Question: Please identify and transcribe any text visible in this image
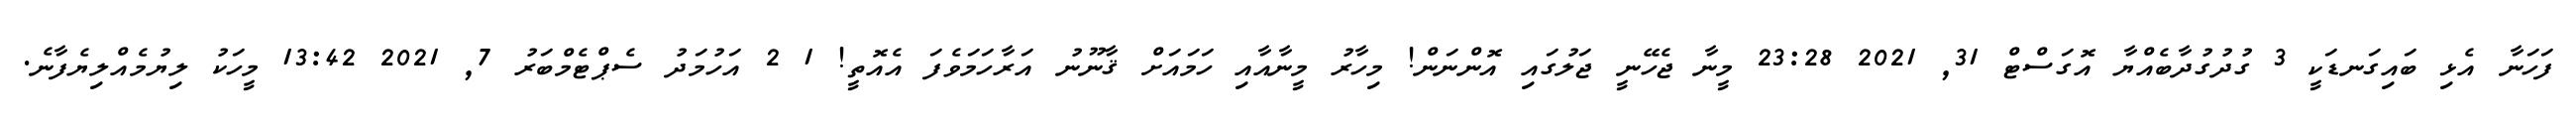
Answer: ފަހަނާ އެޅި ބައިގަނޑަކީ 3 ގުދުގުދާބެއްޔާ އޮގަސްޓް 31, 2021 23:28 މީނާ ޖެހޭނީ ޖަލުގައި އޮންނަން! މިހާރު މީނާއާއި ހަމައަށް ޤާނޫނު އަރާހަމަވެފަ އެއޮތީ! 1 2 އަހުމަދު ސެޕްޓެމްބަރު 7, 2021 13:42 މީހަކު ލިޔުމެއްލިޔެފާނެ.